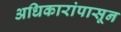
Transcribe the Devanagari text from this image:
अधिकारांपासून